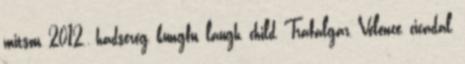
mitsou, 2012., hadsereg, kungfu, laugh, child, Trafalgar, Velence, cicadal,